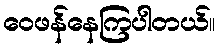
ဝေဖန်နေကြပါတယ်။